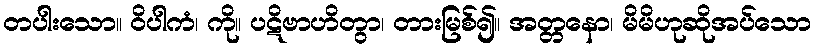
တပါးသော။ ဝိပါကံ၊ ကို။ ပဋိဗာဟိတွာ၊ တားမြစ်၍။ အတ္တနော၊ မိမိဟုဆိုအပ်သော